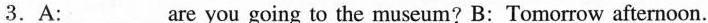
3.A:___are you going to the museum? B:Tomorrow afternoon.